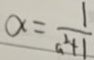
\alpha = \frac { 1 } { a ^ { 2 } + 1 }